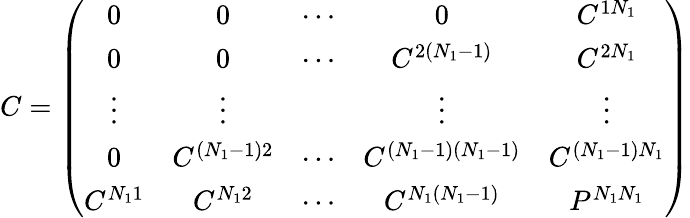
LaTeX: C=\left(\begin{array}{ccccc}{{0}}&{{0}}&{{\cdots}}&{{0}}&{{C^{1N_{1}}}}\\ {{0}}&{{0}}&{{\cdots}}&{{C^{2(N_{1}-1)}}}&{{C^{2N_{1}}}}\\ {{\vdots}}&{{\vdots}}&{{{}}}&{{\vdots}}&{{\vdots}}\\ {{0}}&{{C^{(N_{1}-1)2}}}&{{\cdots}}&{{C^{(N_{1}-1)(N_{1}-1)}}}&{{C^{(N_{1}-1)N_{1}}}}\\ {{C^{N_{1}1}}}&{{C^{N_{1}2}}}&{{\cdots}}&{{C^{N_{1}(N_{1}-1)}}}&{{P^{N_{1}N_{1}}}}\end{array}\right)